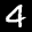
Label: 4